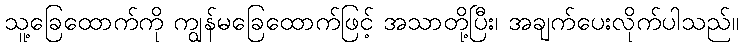
သူ့ခြေထောက်ကို ကျွန်မခြေထောက်ဖြင့် အသာတို့ပြီး၊ အချက်ပေးလိုက်ပါသည်။